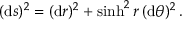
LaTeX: ( \mathrm { d } s ) ^ { 2 } = ( \mathrm { d } r ) ^ { 2 } + \sinh ^ { 2 } r \, ( \mathrm { d } \theta ) ^ { 2 } \, .